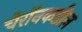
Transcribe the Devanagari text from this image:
चेरॉनकडील